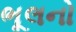
ભૂલનો